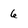
Character: 6